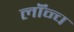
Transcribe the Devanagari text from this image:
लॉंन्च